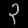
Digit: ၃